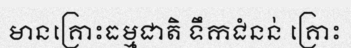
មានគ្រោះធម្មជាតិ ទឹកជំនន់ គ្រោះ